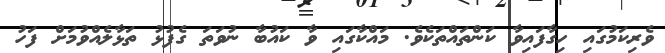
ވެރިކަމުގައި ހިގާފައިވާ ކަންތައްތަކެވެ. މައްކާގައި ވާ ކައުބާ ނުވަތަ ގެފުޅު ތަޅާލެއްވުމަށް ފަހު